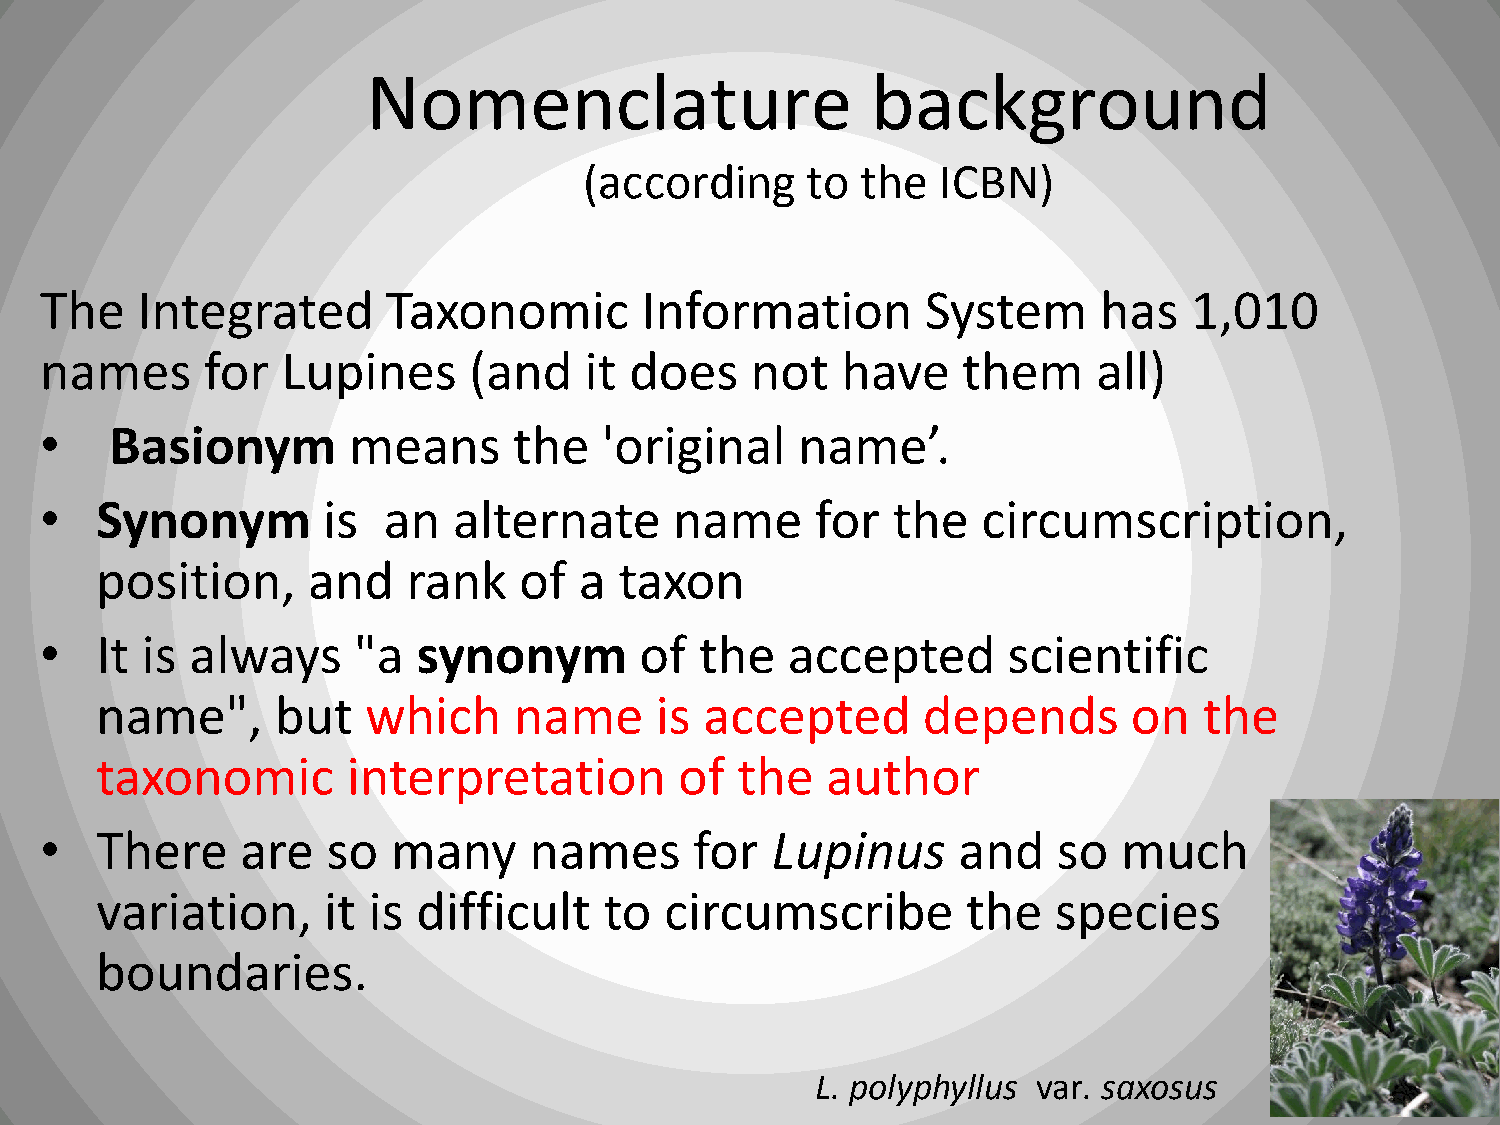
Nomenclature                      background
 (according    to  the  ICBN)
 The   Integrated       Taxonomic       Information        System      has   1,010
 names     for   Lupines     (and    it does    not   have    them     all)
 •   Basionym        means      the   'original    name’.
 •  Synonym        is  an   alternate      name     for  the   circumscription,
 position,     and    rank   of  a  taxon
 •  It is  always    "a   synonym       of  the   accepted       scientific
 name",      but   which     name     is  accepted      depends       on   the
 taxonomic        interpretation        of  the   author
 •  There     are   so  many     names      for  Lupinus     and    so  much
 variation,     it is  difficult   to  circumscribe        the   species
 boundaries.
 L. polyphyllus var. saxosus